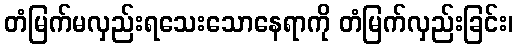
တံမြက်မလှည်းရသေးသောနေရာကို တံမြက်လှည်းခြင်း၊